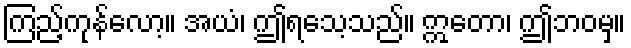
ကြည့်ကုန်လော့။ အယံ၊ ဤရသေ့သည်။ ဣတော၊ ဤဘဝမှ။